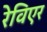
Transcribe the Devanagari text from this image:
रेविएर